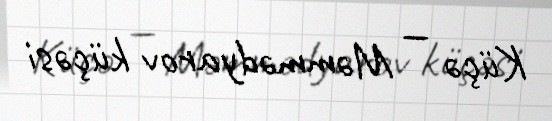
Küçə — Məmmədyarov küçəsi